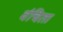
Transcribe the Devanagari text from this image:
वंचिता